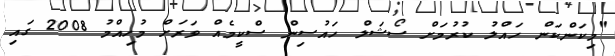
"މިކަންކަން ހައްލު ކުރުމަށް ސޯޝަލް ހައުސިން ސްކީމެއް ވަރަށް މުހިއްމު 2008 ގައި